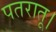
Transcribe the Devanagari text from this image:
पतरातू।